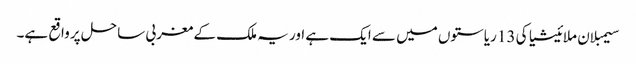
سیمبلان ملائیشیا کی 13 ریاستوں میں سے ایک ہے اور یہ ملک کے مغربی ساحل پر واقع ہے۔